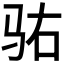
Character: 𱅆